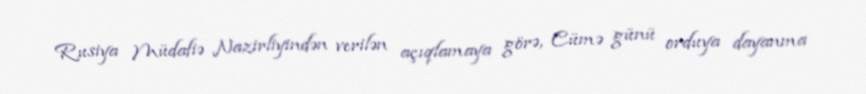
Rusiya Müdafiə Nazirliyindən verilən açıqlamaya görə, Cümə günü orduya dayanma